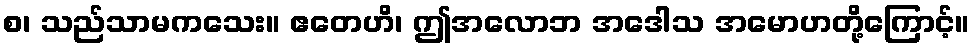
စ၊ သည်သာမကသေး။ ဧတေဟိ၊ ဤအလောဘ အဒေါသ အမောဟတို့ကြောင့်။